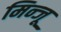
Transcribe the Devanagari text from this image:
मिन्जू